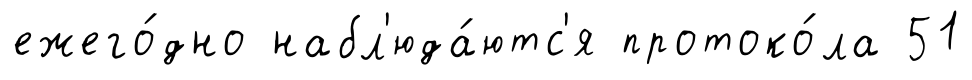
ежего́дно набл'юда́ютс'я протоко́ла 51